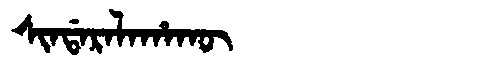
Manchu: ᠰᡳᠨᡩᠠᡵᠠᠯᠠᡥᠠᡴᡡ
Romanization: SINDARALAHAKŪ